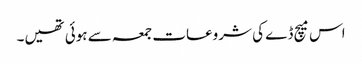
اس میچ ڈے کی شروعات جمعہ سے ہوئی تھیں۔